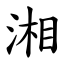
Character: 湘